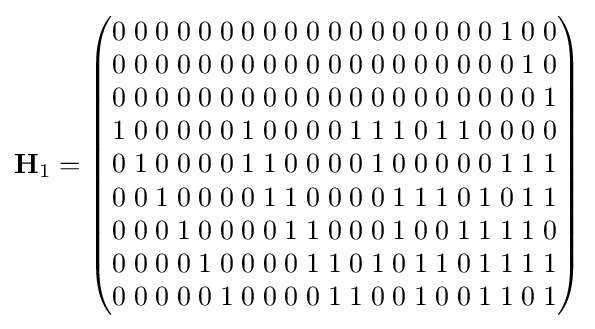
\mathbf {H} _{1}={\begin{pmatrix}0\;0\;0\;0\;0\;0\;0\;0\;0\;0\;0\;0\;0\;0\;0\;0\;0\;0\;1\;0\;0\\0\;0\;0\;0\;0\;0\;0\;0\;0\;0\;0\;0\;0\;0\;0\;0\;0\;0\;0\;1\;0\\0\;0\;0\;0\;0\;0\;0\;0\;0\;0\;0\;0\;0\;0\;0\;0\;0\;0\;0\;0\;1\\1\;0\;0\;0\;0\;0\;1\;0\;0\;0\;0\;1\;1\;1\;0\;1\;1\;0\;0\;0\;0\\0\;1\;0\;0\;0\;0\;1\;1\;0\;0\;0\;0\;1\;0\;0\;0\;0\;0\;1\;1\;1\\0\;0\;1\;0\;0\;0\;0\;1\;1\;0\;0\;0\;0\;1\;1\;1\;0\;1\;0\;1\;1\\0\;0\;0\;1\;0\;0\;0\;0\;1\;1\;0\;0\;0\;1\;0\;0\;1\;1\;1\;1\;0\\0\;0\;0\;0\;1\;0\;0\;0\;0\;1\;1\;0\;1\;0\;1\;1\;0\;1\;1\;1\;1\\0\;0\;0\;0\;0\;1\;0\;0\;0\;0\;1\;1\;0\;0\;1\;0\;0\;1\;1\;0\;1\end{pmatrix}}